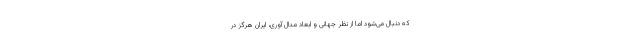
که دنبال می‌شود اما از نظر جهانی و ابعاد مدال آوری، ایران هرگز در